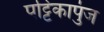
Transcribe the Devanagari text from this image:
पट्टिकापुंज